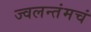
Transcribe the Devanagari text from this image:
ज्वलन्तंमचं